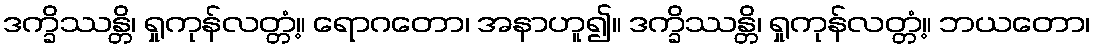
ဒက္ခိဿန္တိ၊ ရှုကုန်လတ္တံ့။ ရောဂတော၊ အနာဟူ၍။ ဒက္ခိဿန္တိ၊ ရှုကုန်လတ္တံ့။ ဘယတော၊